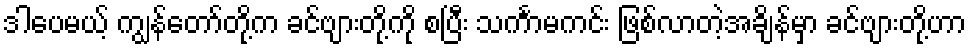
ဒါပေမယ့် ကျွန်တော်တို့က ခင်ဗျားတို့ကို စပြီး သင်္ကာမကင်း ဖြစ်လာတဲ့အချိန်မှာ ခင်ဗျားတို့ဟာ